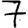
Digit: 7